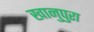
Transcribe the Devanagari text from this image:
खानुपुरा